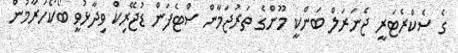
ގެ ސެކްރެޓަރީ ޖެނަރަލް ބަންކީ މޫންގެ ތަރުޖަމާން ސްޓެފަން ޑުޖޭރިކް ވިދާޅުވީ ބޯކޯހަރާމުން